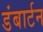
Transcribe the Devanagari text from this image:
डंबार्टन